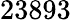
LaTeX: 23893